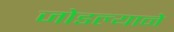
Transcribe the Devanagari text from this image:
जोडल्याने